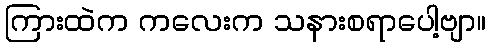
ကြားထဲက ကလေးက သနားစရာပေါ့ဗျာ။